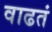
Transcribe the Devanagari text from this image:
वाढतं